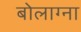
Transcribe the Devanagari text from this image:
बोलाग्ना